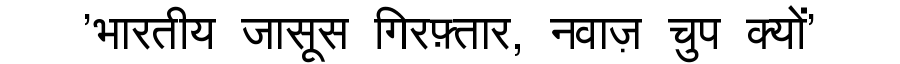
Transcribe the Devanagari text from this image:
'भारतीय जासूस गिरफ़्तार, नवाज़ चुप क्यों'